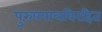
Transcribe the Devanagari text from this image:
पुरुषपात्रविरहित